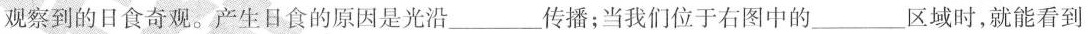
观察到的日食奇观。产生日食的原因是光沿___传播；当我们位于右图中的___区域时，就能看到